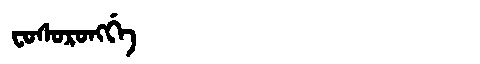
Manchu: ᠸᠣᠰᠣᡵᠣᠩᡤᡝ
Romanization: FOSORONGGE